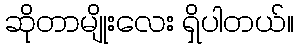
ဆိုတာမျိုးလေး ရှိပါတယ်။